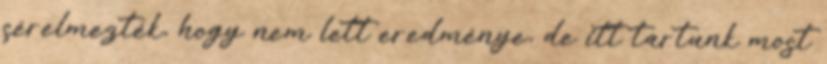
sérelmezték, hogy nem lett eredménye, de itt tartunk most